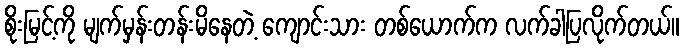
စိုးမြင့်ကို မျက်မှန်းတန်းမိနေတဲ့ ကျောင်းသား တစ်ယောက်က လက်ခါပြလိုက်တယ်။